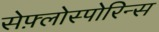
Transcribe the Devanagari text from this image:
सेफ़्लोस्पोरिन्स